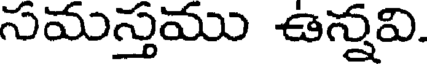
సమస్తము ఉన్నవి.